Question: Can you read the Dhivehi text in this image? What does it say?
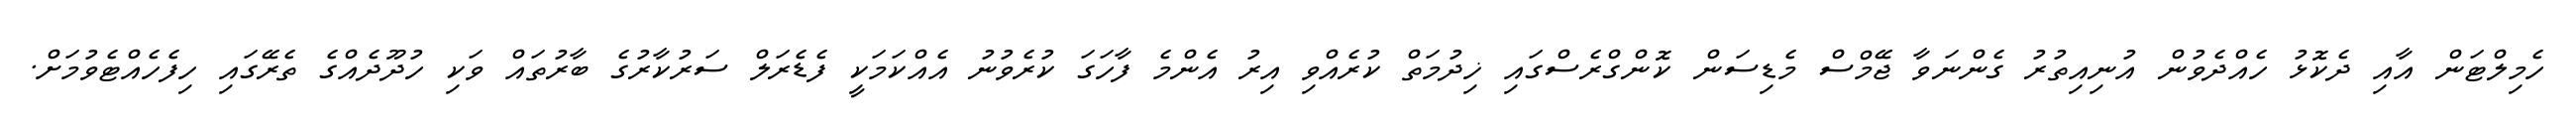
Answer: ހެމިލްޓަން އާއި ދެކޮޅު ހެއްދެވުން އުނިއިތުރު ގެންނަވާ ޖޭމްސް މެޑިސަން ކޮންގްރެސްގައި ޚިދުމަތް ކުރެއްވި އިރު އެންމެ ފާހަގަ ކުރެވުނު އެއްކަމަކީ ފެޑެރަލް ސަރުކާރުގެ ބާރުތައް ވަކި ހުދޫދެއްގެ ތެރޭގައި ހިފެހެއްޓެވުމަށް.